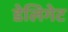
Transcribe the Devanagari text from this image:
डेलिगेट